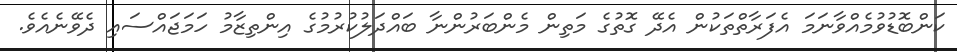
ކަންބޮޑުވުމެއްވާނަމަ އެފަރާތްތަކުން އެދޭ ގޮތުގެ މަތިން މެންބަރުންނާ ބައްދަލުކުރުމުގެ އިންތިޒާމު ހަމަޖައްސައި ދެވޭނެއެވެ.